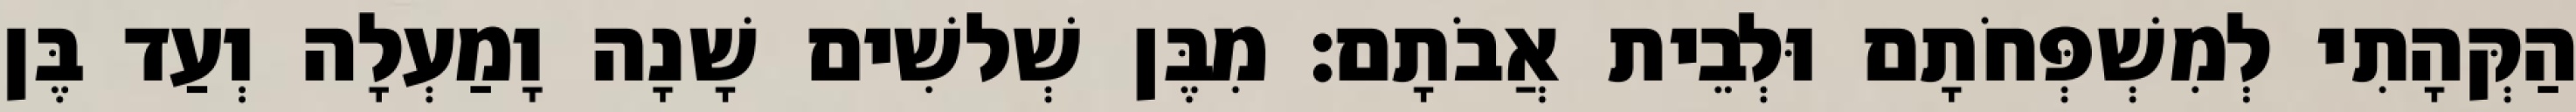
הַקְּהָתִי לְמִשְׁפְּחֹתָם וּלְבֵית אֲבֹתָם׃ מִבֶּן שְׁלשִׁים שָׁנָה וָמַעְלָה וְעַד בֶּן